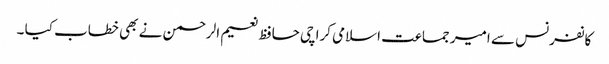
کانفرنس سے امیر جماعت اسلامی کراچی حافظ نعیم الرحمن نے بھی خطاب کیا ۔